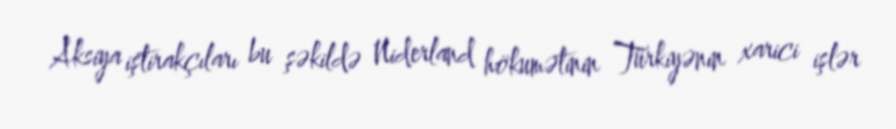
Aksiya iştirakçıları bu şəkildə Niderland hökumətinin Türkiyənin xarici işlər